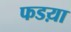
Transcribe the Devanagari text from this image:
फडय़ा